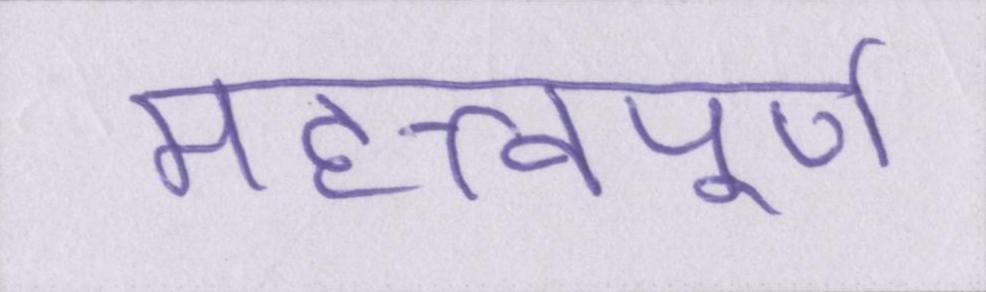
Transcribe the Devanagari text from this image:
महत्त्वपूर्ण